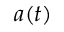
a ( t )